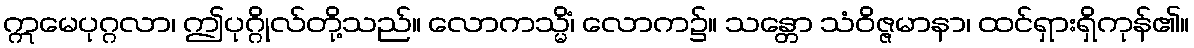
ဣမေပုဂ္ဂလာ၊ ဤပုဂ္ဂိုလ်တို့သည်။ လောကသ္မိံ၊ လောက၌။ သန္တော သံဝိဇ္ဇမာနာ၊ ထင်ရှားရှိကုန်၏။